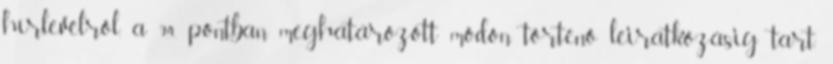
hírlevélről, a 9.4. pontban meghatározott módon történő leiratkozásig tart.